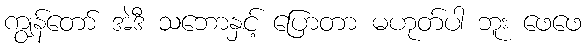
ကျွန်တော် အဲဒီ သဘောနှင့် ပြောတာ မဟုတ်ပါ ဘူး ဖေဖေ